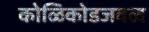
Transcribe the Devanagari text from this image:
कोळिकोडजवळ